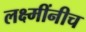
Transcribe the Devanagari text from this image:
लक्ष्मींनीच